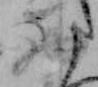
西